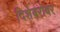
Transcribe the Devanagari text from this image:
दिशेबरोबर